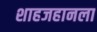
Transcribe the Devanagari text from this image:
शाहजहानला